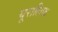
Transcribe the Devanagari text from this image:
यूरालिक